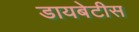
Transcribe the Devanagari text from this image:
डायबेटीस